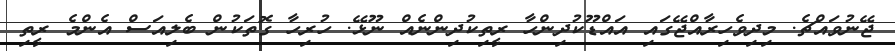
ޖޭނުވައްޗެ. މިދިވެހިރާއްޖޭގައި އައްޑޫކުދިންހާ ރީތިކުދިންނެއް ނޫޅޭ. ހުރިހާ ގޮތަކުން ބެލިއަސް އެންމެ ރީތި